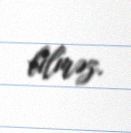
bilməz.